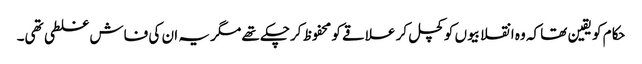
حکام کو یقین تھا کہ وہ انقلابیوں کو کچل کر علاقے کو محفوظ کرچکے تھے مگر یہ ان کی فاش غلطی تھی۔